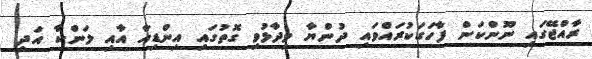
ރާއްޖޭގައި ނޫންކަން ފާހަގަކުރައްވައި ދުންޔާ ވިދާޅުވި ގޮތުގައި އިންޑިއާ އާއި ލަންކާ އަދި